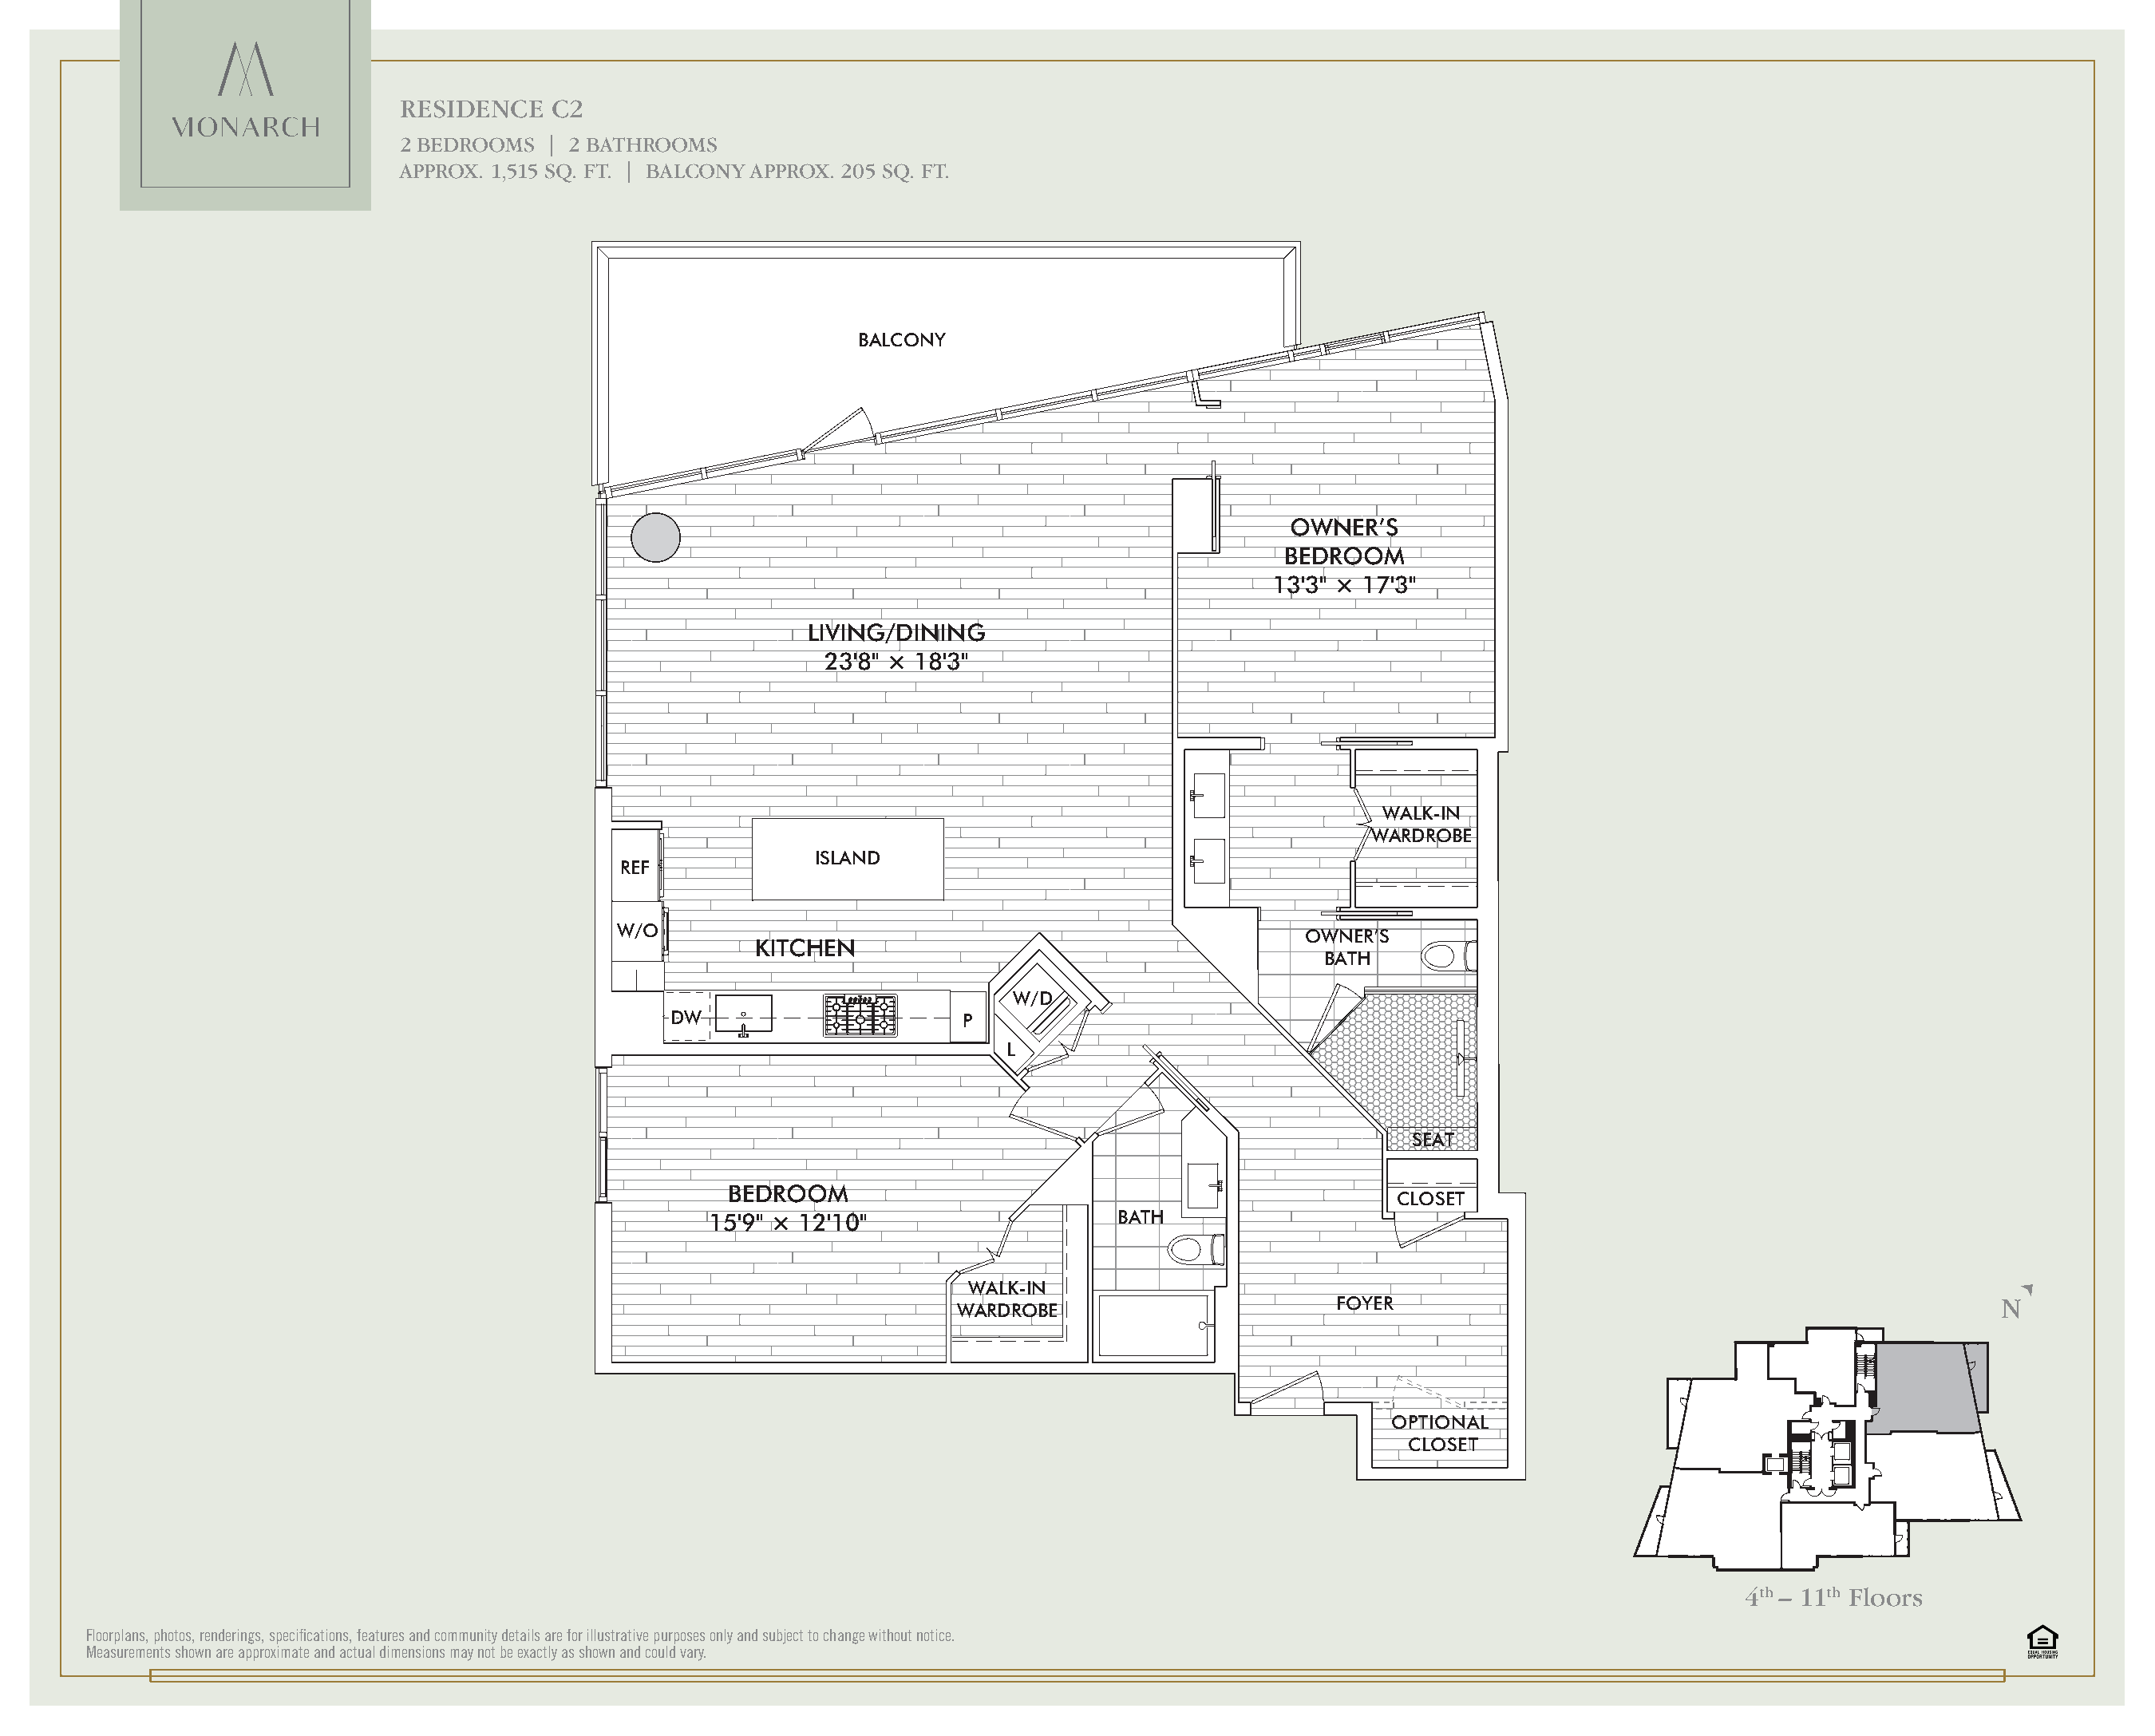
RESIDENCE    C2
 2 BEDROOMS  | 2 BATHROOMS
 APPROX. 1,515 SQ. FT. | BALCONY APPROX. 205 SQ. FT.
 BALCONY
 OWNER’S
 BEDROOM
 13'3" × 17'3"
 LIVING/DINING
 23'8" × 18'3"
 WALK-IN
 WARDROBE
 ISLAND
 REF
 W/O                                                      OWNER’S
 KITCHEN
 BATH
 W/D
 DDDWWW                  P
 L
 SEAT
 BEDROOM
 CLOSET
 15'9" × 12'10"                    BATH
 ←
 WALK-IN
 FOYER                                                  N
 WARDROBE
 OPTIONAL
 CLOSET
 4th – 11th Floors
 Floorplans, photos, renderings, specifications, features and community details are for illustrative purposes only and subject to change without notice.
 Measurements shown are approximate and actual dimensions may not be exactly as shown and could vary.